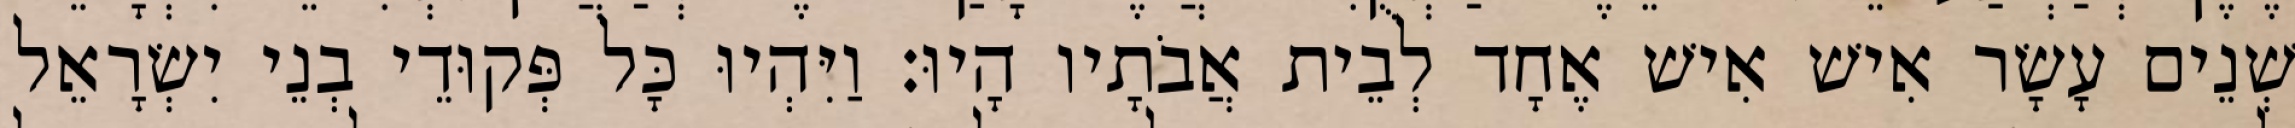
שְׁנֵים עָשָׂר אִישׁ אִישׁ אֶחָד לְבֵית אֲבֹתָיו הָיוּ׃ וַיִּהְיוּ כָּל פְּקוּדֵי בְנֵי יִשְׂרָאֵל